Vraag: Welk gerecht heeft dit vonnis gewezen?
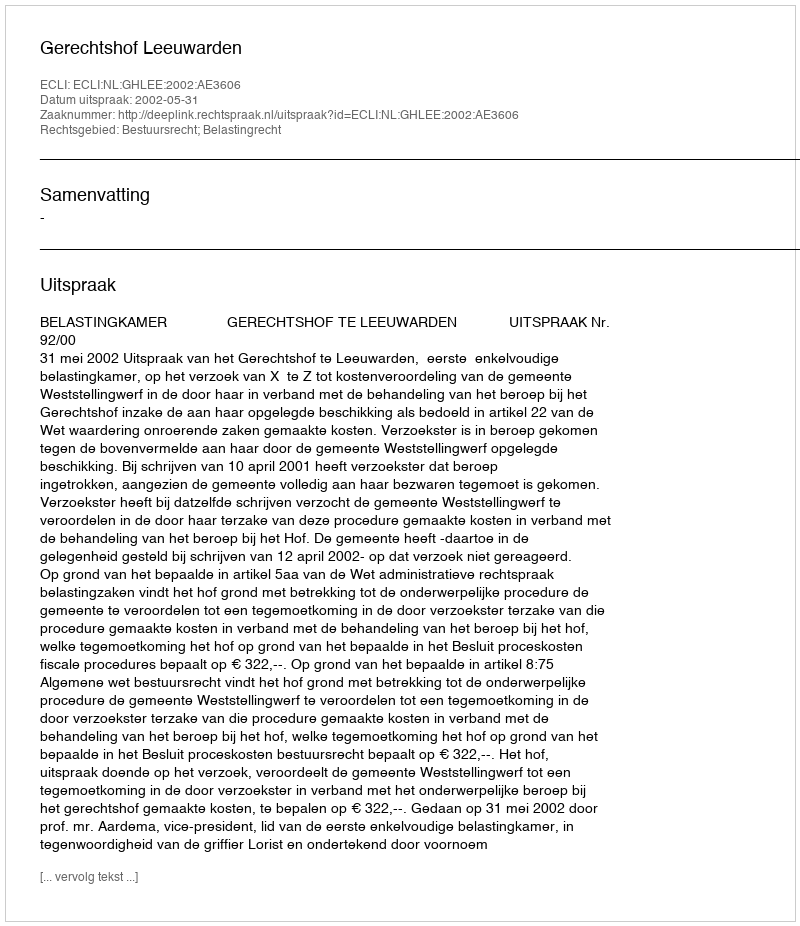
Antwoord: Gerechtshof Leeuwarden